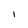
Character: I